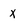
Character: x